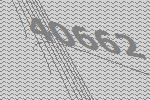
40662